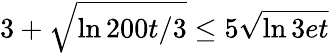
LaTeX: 3+\sqrt{\ln{200t/3}}\le 5\sqrt{\ln{3et}}